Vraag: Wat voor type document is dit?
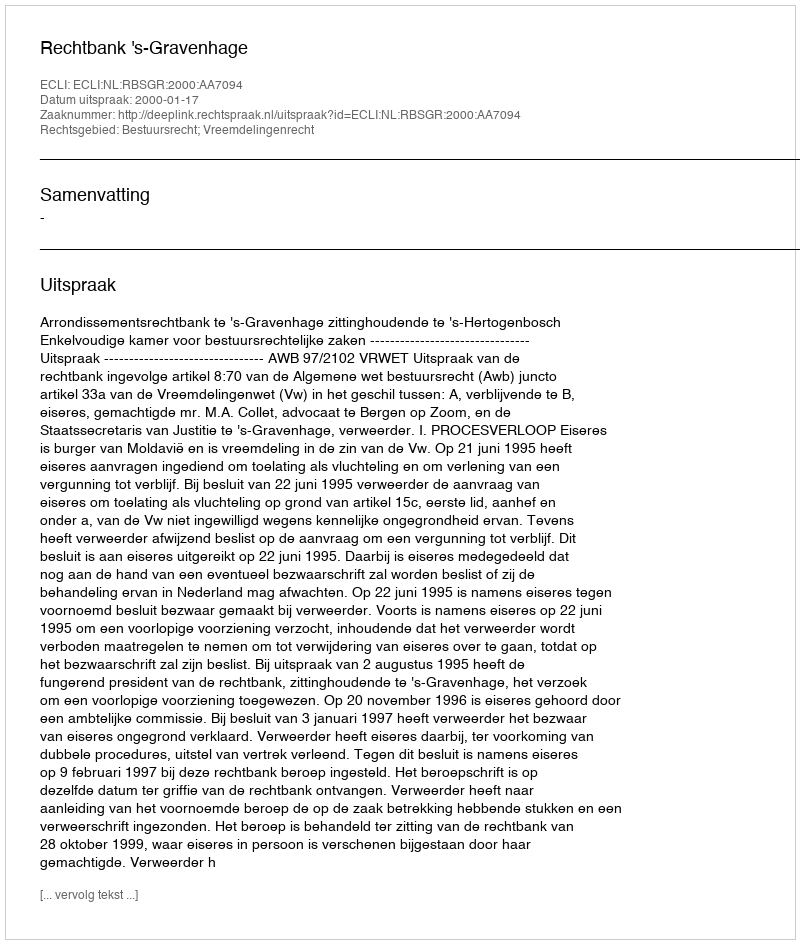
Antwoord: Uitspraak